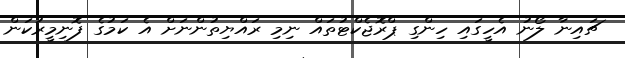
ޗައިނާ ލޯނު އެހީގައި ހިންގި ޕްރޮޖެކްޓުތައް ނިމި ރައްޔިތުންނަށް އެ ކަމުގެ ފޮނިމީރުކަން